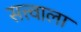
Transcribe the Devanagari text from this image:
सत्त्वाला